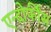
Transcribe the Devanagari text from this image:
एन्दोर्फींस